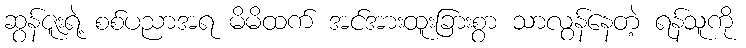
ဆွန်ဇူးရဲ့ စစ်ပညာအရ မိမိထက် အင်အားထူးခြားစွာ သာလွန်နေတဲ့ ရန်သူကို